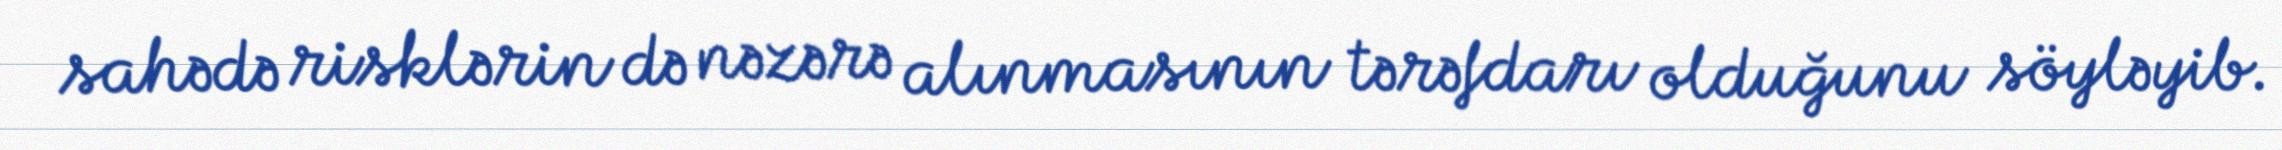
sahədə risklərin də nəzərə alınmasının tərəfdarı olduğunu söyləyib.